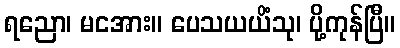
ရညော၊ မငအား။ ပေသယယိံသု၊ ပို့ကုန်ပြီ။